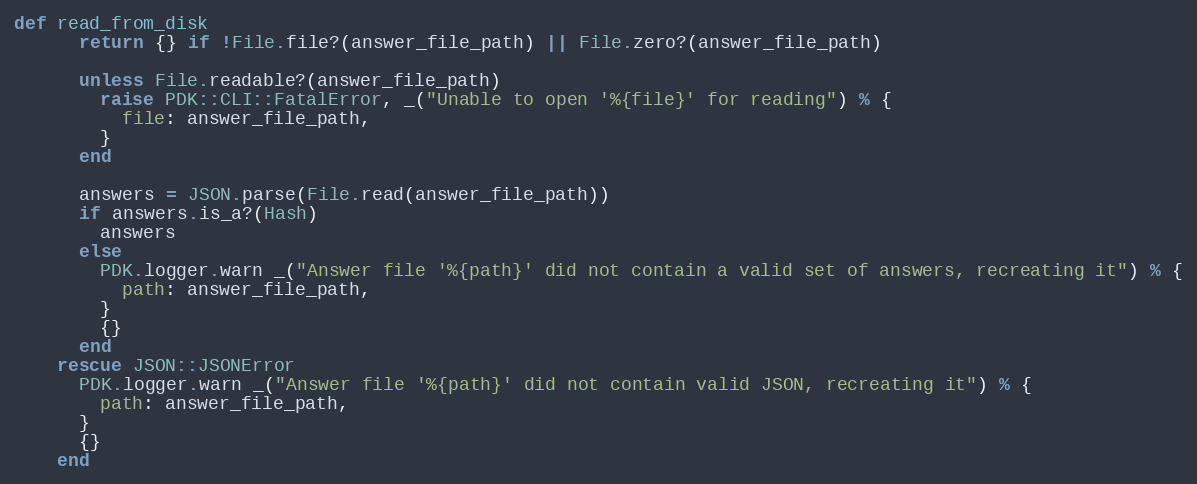
Language: Ruby
def read_from_disk
      return {} if !File.file?(answer_file_path) || File.zero?(answer_file_path)

      unless File.readable?(answer_file_path)
        raise PDK::CLI::FatalError, _("Unable to open '%{file}' for reading") % {
          file: answer_file_path,
        }
      end

      answers = JSON.parse(File.read(answer_file_path))
      if answers.is_a?(Hash)
        answers
      else
        PDK.logger.warn _("Answer file '%{path}' did not contain a valid set of answers, recreating it") % {
          path: answer_file_path,
        }
        {}
      end
    rescue JSON::JSONError
      PDK.logger.warn _("Answer file '%{path}' did not contain valid JSON, recreating it") % {
        path: answer_file_path,
      }
      {}
    end